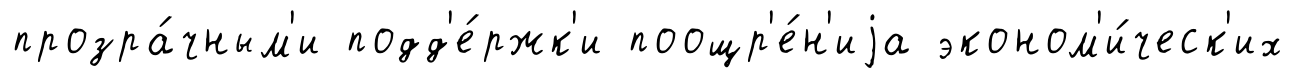
прозра́чным'и подд'е́ржк'и поощр'е́н'иjа эконом'и́ческ'их